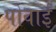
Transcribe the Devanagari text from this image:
पोवाई